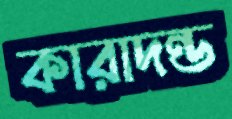
কারাদন্ড